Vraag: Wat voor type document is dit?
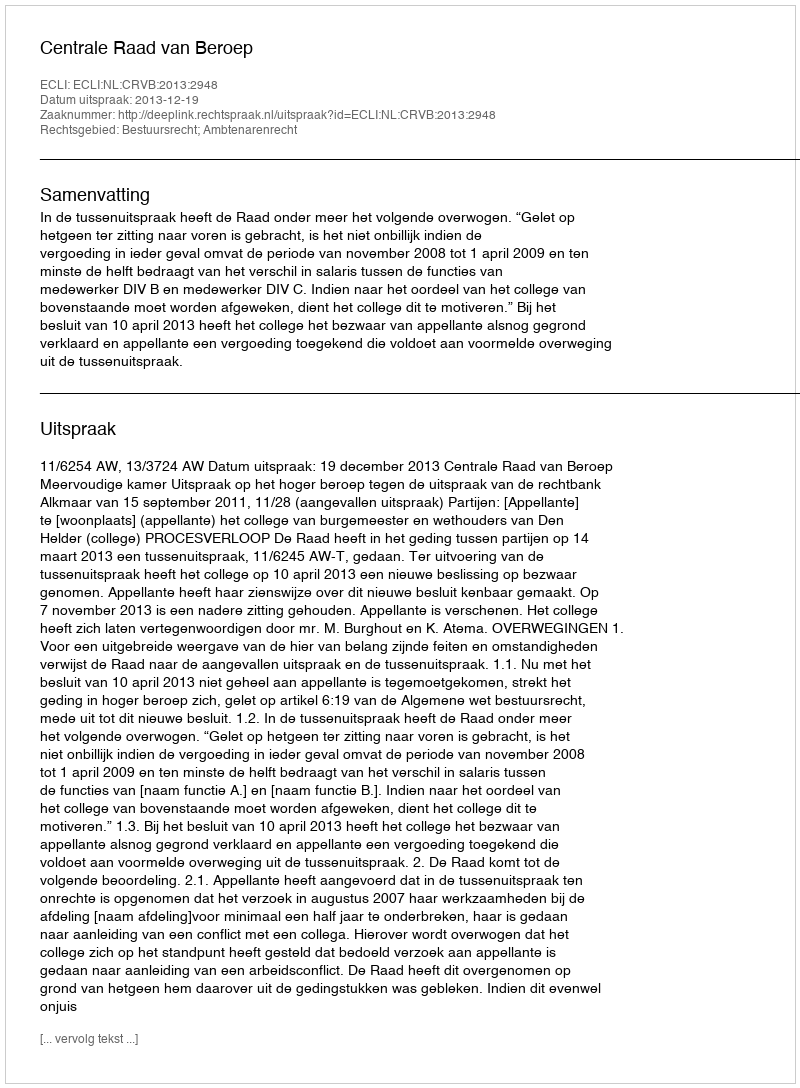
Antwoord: Uitspraak